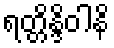
ရတ္တိန္ဒိဝါနိ